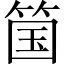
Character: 𫂆